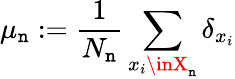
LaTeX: \mu_{\mathtt{n}}:={\frac{{1}}{{N_{\mathtt{n}}}}}\sum_{x_{i}\inX_{\mathtt{n}}}\delta_{x_{i}}